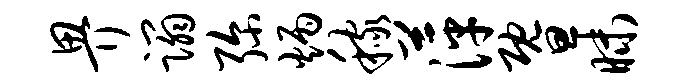
畀蹋弥炳稼萍暨昧